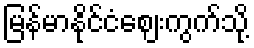
မြန်မာနိုင်ငံဈေးကွက်သို့